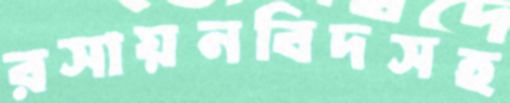
রসায়নবিদসহ